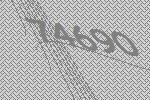
74690